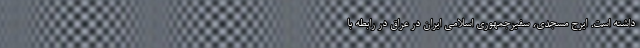
داشته است. ایرج مسجدی، سفیرجمهوری اسلامی ایران در عراق در رابطه با